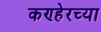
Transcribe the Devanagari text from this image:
कण्हेरच्या